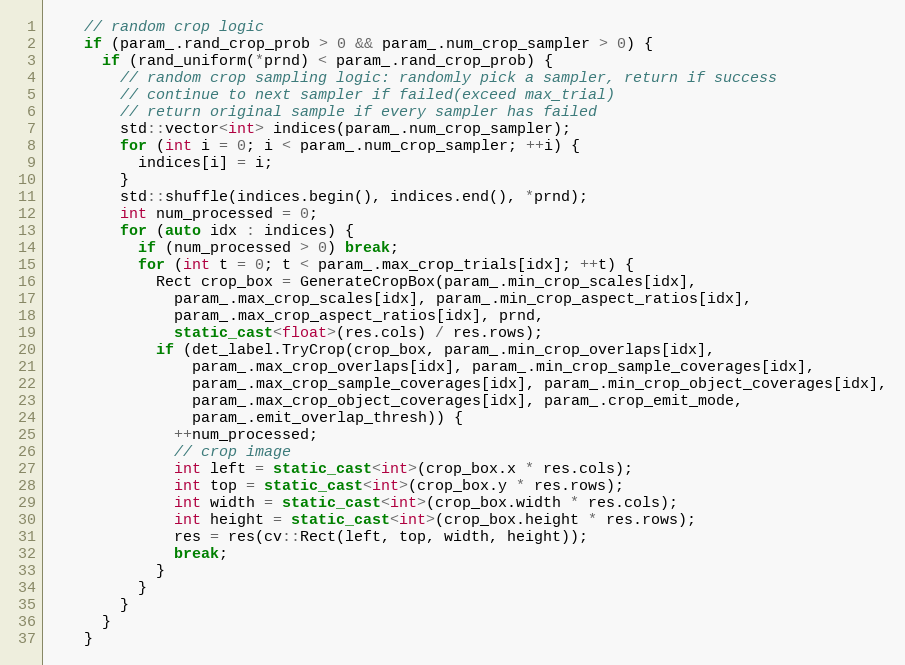
Language: C++
    // random crop logic
    if (param_.rand_crop_prob > 0 && param_.num_crop_sampler > 0) {
      if (rand_uniform(*prnd) < param_.rand_crop_prob) {
        // random crop sampling logic: randomly pick a sampler, return if success
        // continue to next sampler if failed(exceed max_trial)
        // return original sample if every sampler has failed
        std::vector<int> indices(param_.num_crop_sampler);
        for (int i = 0; i < param_.num_crop_sampler; ++i) {
          indices[i] = i;
        }
        std::shuffle(indices.begin(), indices.end(), *prnd);
        int num_processed = 0;
        for (auto idx : indices) {
          if (num_processed > 0) break;
          for (int t = 0; t < param_.max_crop_trials[idx]; ++t) {
            Rect crop_box = GenerateCropBox(param_.min_crop_scales[idx],
              param_.max_crop_scales[idx], param_.min_crop_aspect_ratios[idx],
              param_.max_crop_aspect_ratios[idx], prnd,
              static_cast<float>(res.cols) / res.rows);
            if (det_label.TryCrop(crop_box, param_.min_crop_overlaps[idx],
                param_.max_crop_overlaps[idx], param_.min_crop_sample_coverages[idx],
                param_.max_crop_sample_coverages[idx], param_.min_crop_object_coverages[idx],
                param_.max_crop_object_coverages[idx], param_.crop_emit_mode,
                param_.emit_overlap_thresh)) {
              ++num_processed;
              // crop image
              int left = static_cast<int>(crop_box.x * res.cols);
              int top = static_cast<int>(crop_box.y * res.rows);
              int width = static_cast<int>(crop_box.width * res.cols);
              int height = static_cast<int>(crop_box.height * res.rows);
              res = res(cv::Rect(left, top, width, height));
              break;
            }
          }
        }
      }
    }